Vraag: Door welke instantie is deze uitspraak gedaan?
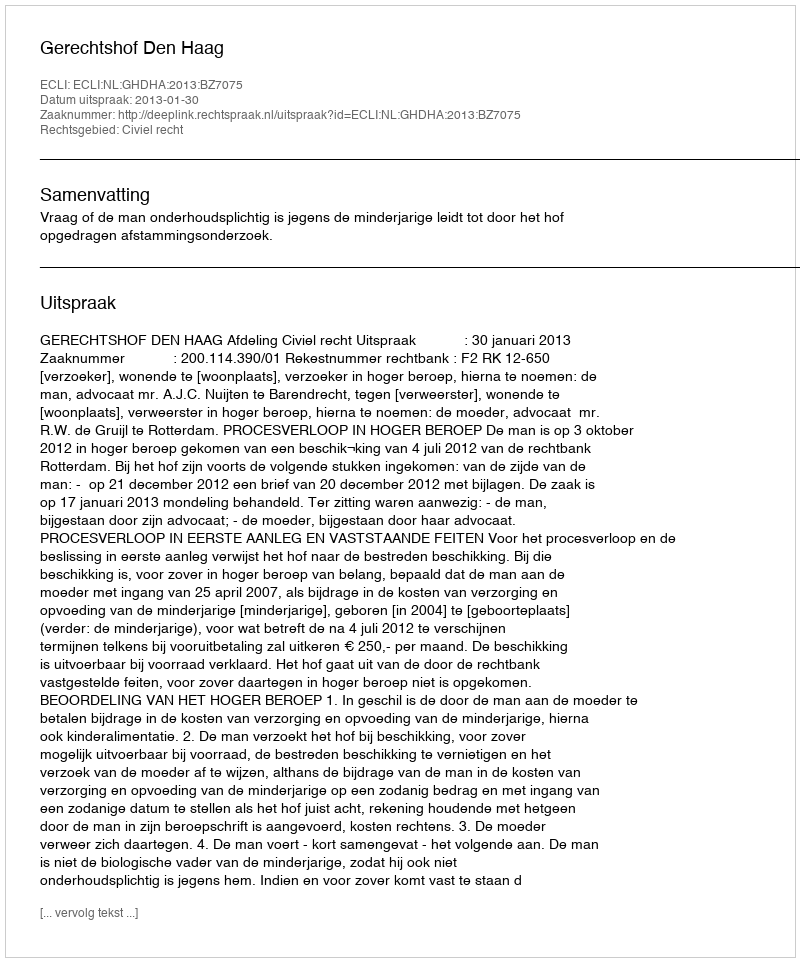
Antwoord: Gerechtshof Den Haag